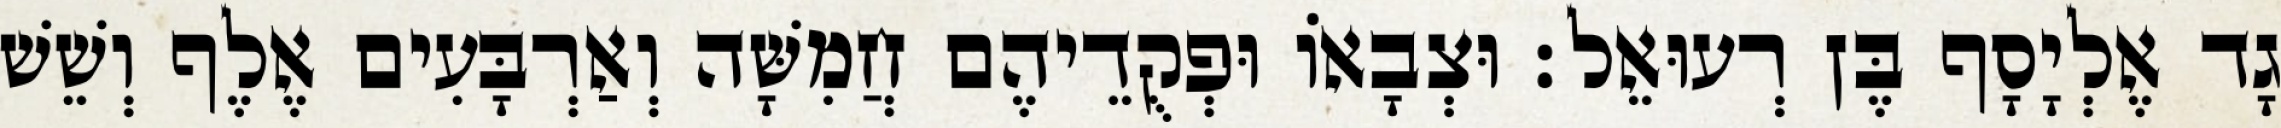
גָד אֶלְיָסָף בֶּן רְעוּאֵל׃ וּצְבָאוֹ וּפְקֻדֵיהֶם חֲמִשָּׁה וְאַרְבָּעִים אֶלֶף וְשֵׁשׁ